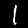
Label: 1